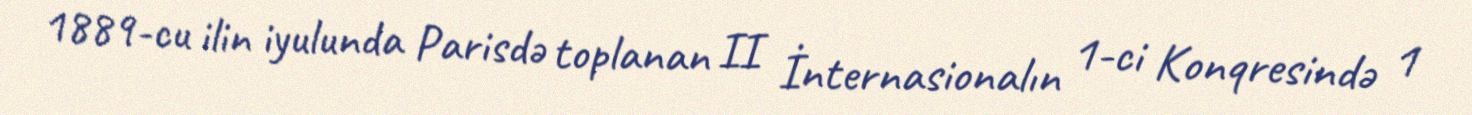
1889-cu ilin iyulunda Parisdə toplanan II İnternasionalın 1-ci Konqresində 1